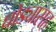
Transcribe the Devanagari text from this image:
घोड्यासह